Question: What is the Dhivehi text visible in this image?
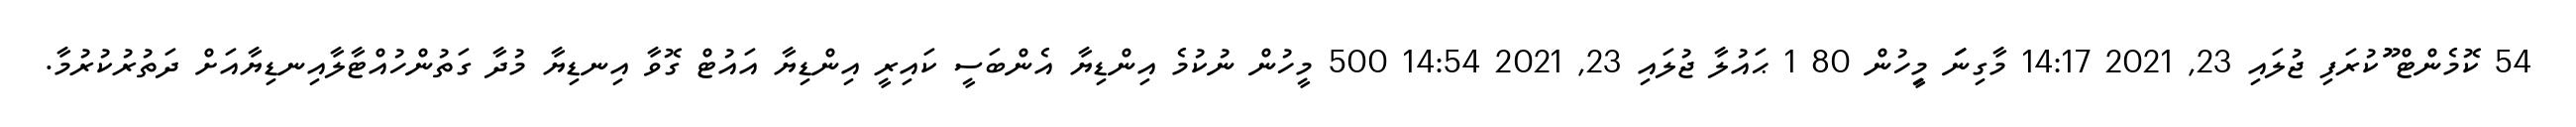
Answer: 54 ކޮމެންޓް ޫުކުރަފި ޖުލައި 23, 2021 14:17 މާގިނަަަ މިިީހުން 80 1 ޙައުލާ ޖުލައި 23, 2021 14:54 500 މީހުން ނުކުމެ އިންޑިޔާ އެންބަސީ ކައިރީ އިންޑިޔާ އައުޓް ގޮވާ އިނޑިޔާ މުދާ ގަތުންހުއްޓާލާއިނޑިޔާއަށް ދަތުރުކުރުމާ.